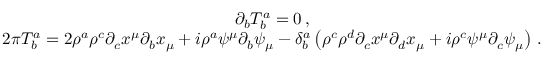
\begin{array} { c } { { \medskip \partial _ { b } T _ { b } ^ { a } = 0 \, , } } \\ { { 2 \pi T _ { b } ^ { a } = 2 \rho ^ { a } \rho ^ { c } \partial _ { c } x ^ { \mu } \partial _ { b } x _ { \mu } + i \rho ^ { a } \psi ^ { \mu } \partial _ { b } \psi _ { \mu } - \delta _ { b } ^ { a } \left( \rho ^ { c } \rho ^ { d } \partial _ { c } x ^ { \mu } \partial _ { d } x _ { \mu } + i \rho ^ { c } \psi ^ { \mu } \partial _ { c } \psi _ { \mu } \right) \, . } } \end{array}